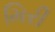
મિરી